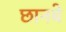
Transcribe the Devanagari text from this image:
छानबे